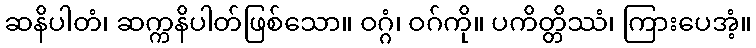
ဆနိပါတံ၊ ဆက္ကနိပါတ်ဖြစ်သော။ ဝဂ္ဂံ၊ ဝဂ်ကို။ ပကိတ္တိဿံ၊ ကြားပေအံ့။